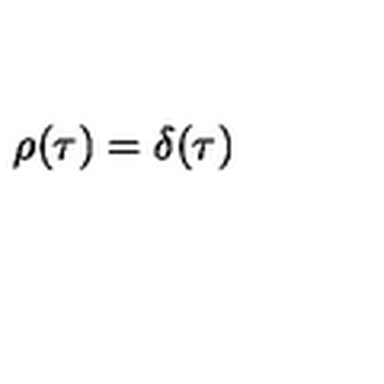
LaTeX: \rho ( \tau ) = \delta ( \tau )